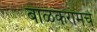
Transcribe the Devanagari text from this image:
बाळकरामचे